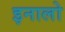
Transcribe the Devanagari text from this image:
इनालो